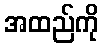
အထည်ကို